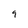
Character: 9